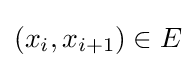
(x_{i},x_{i+1})\in E